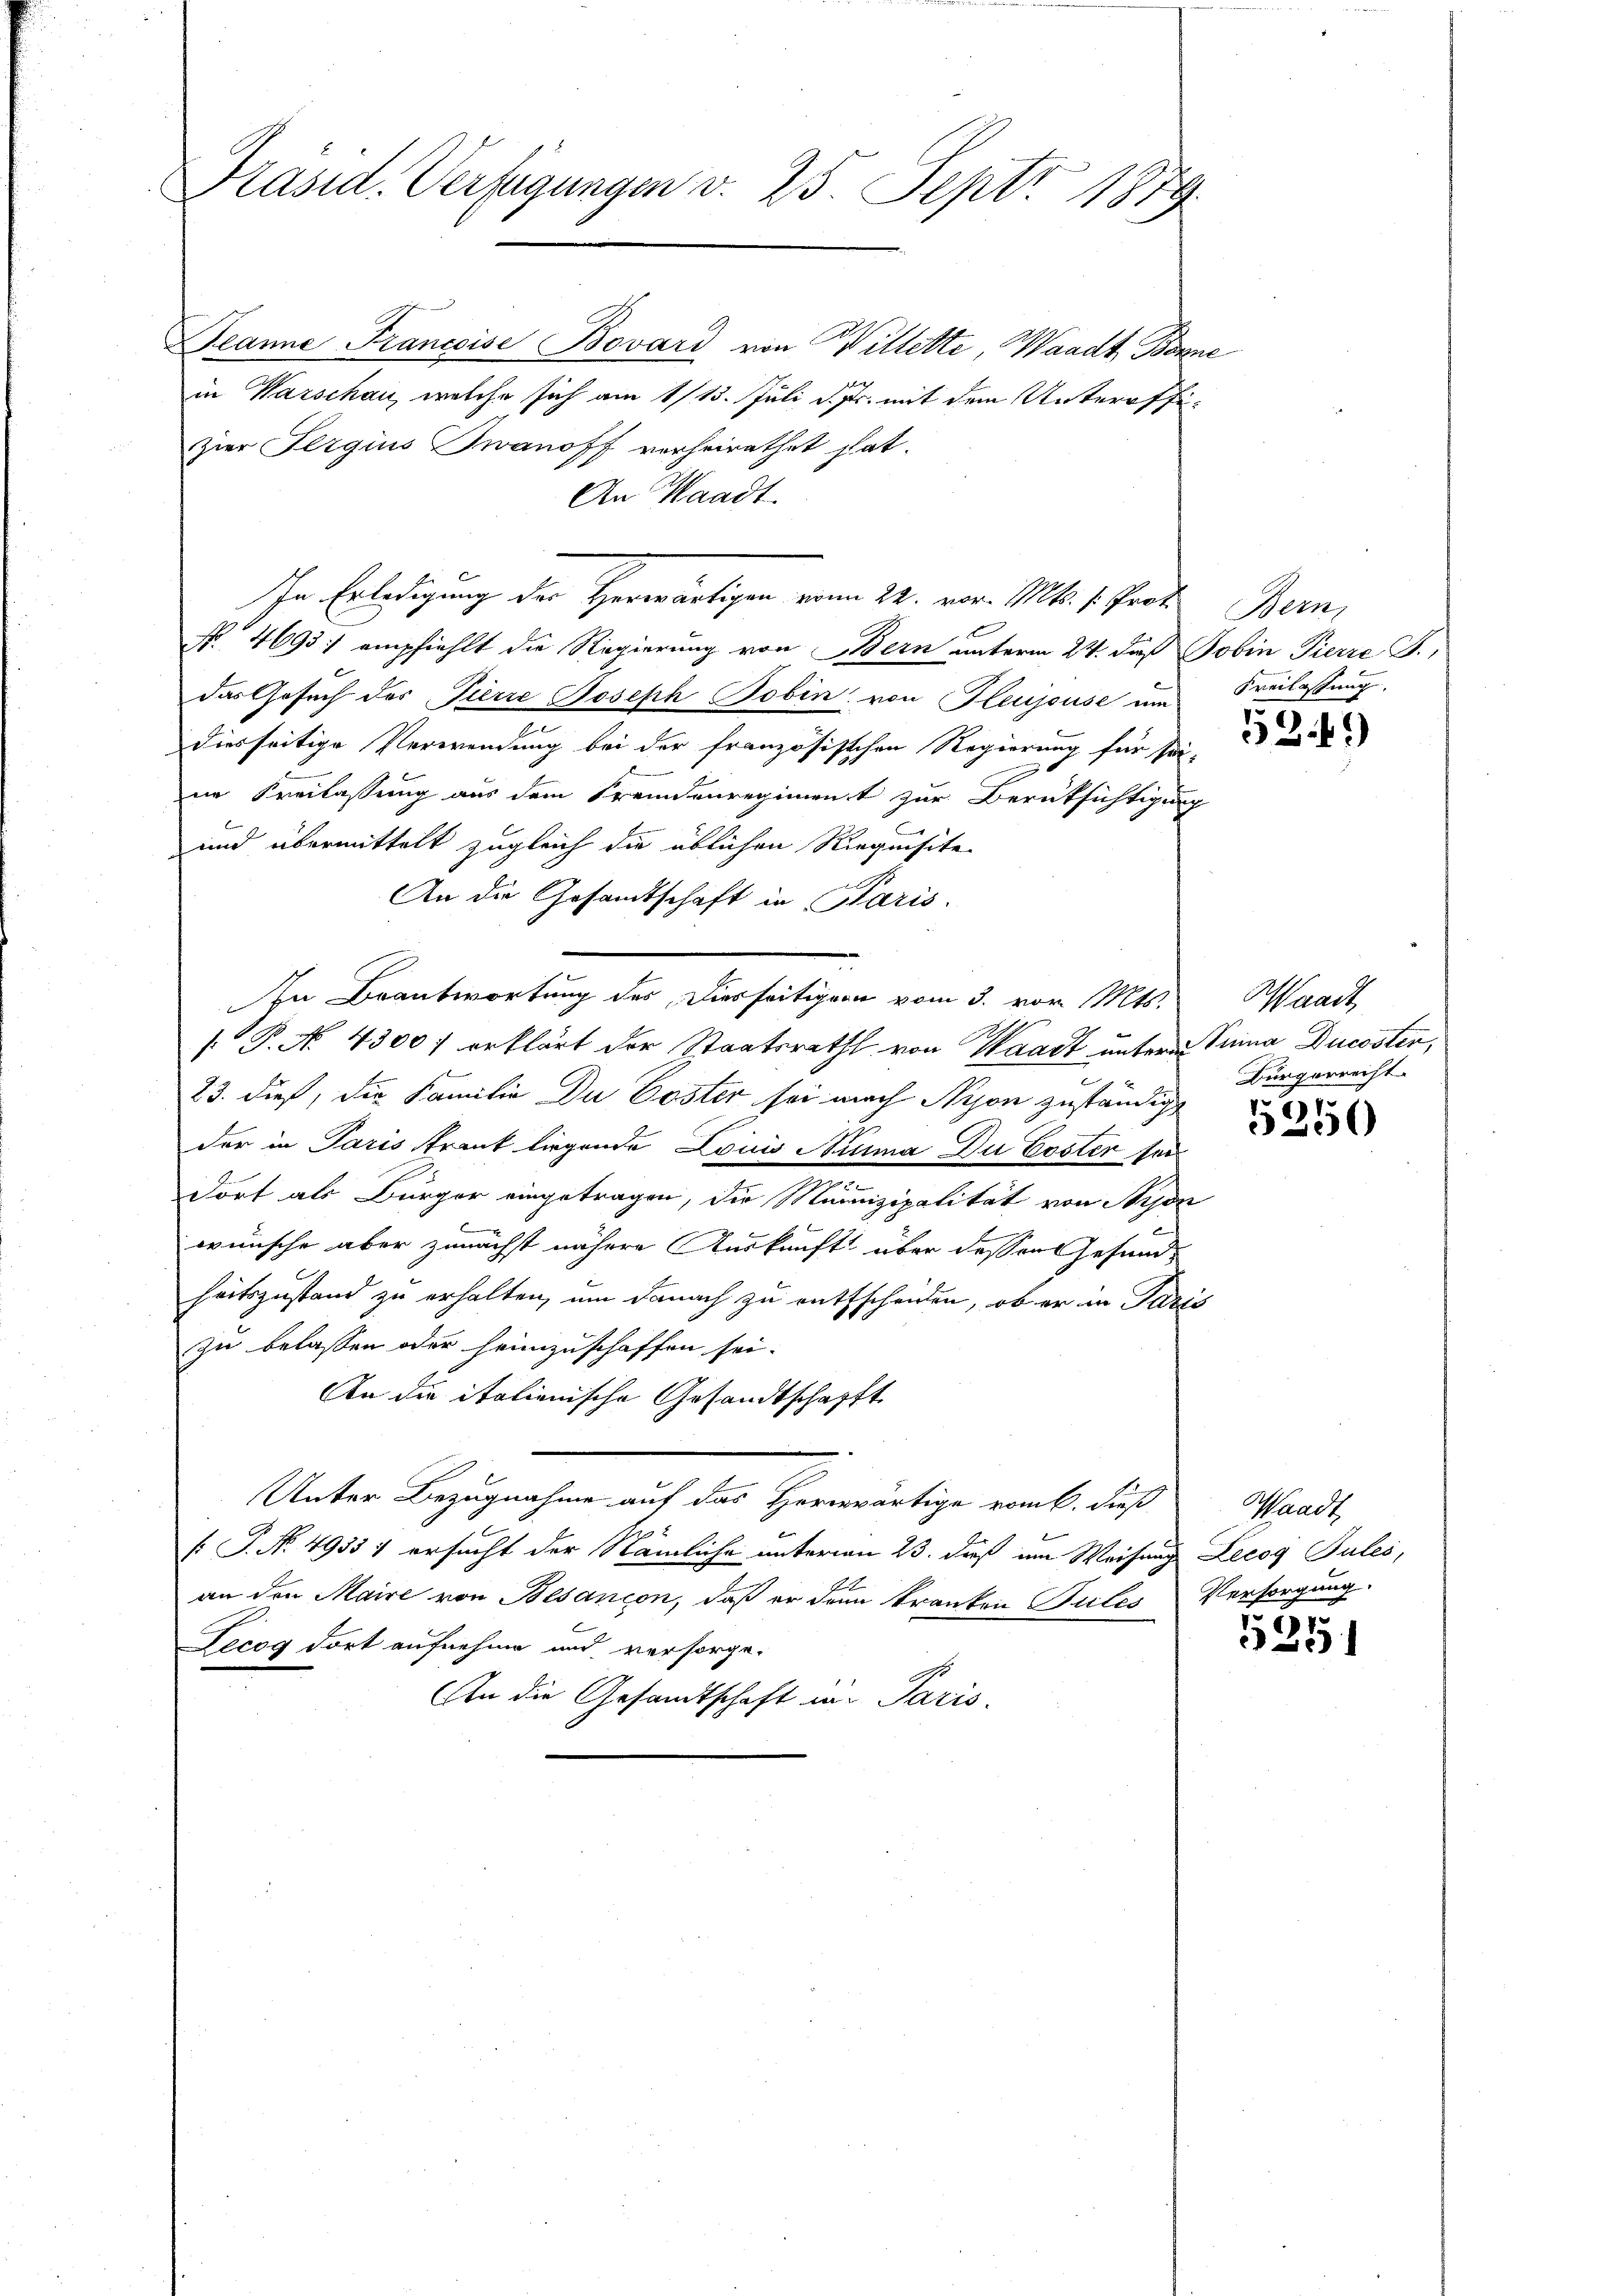
Präsid. Verfügungen v. 25. Sept. 1879

Peanne Francoise Bovárd von Willetti, Waadt Bonne
in Warschau, welche sich am 1/13. Juli d. Js. mit dem Unteroffizier Sergius Zwanoff verheirathet hat.
An Waadt.
Nr. 4693. empfiehlt die Regierung von Bern unterm 24. daß Jobin Pierre J.,
das Gesuch des Tierre Joseph Tobin von Gleujsuse um
diesseitige Verwendung bei der französischen Regierung für sei-
in Freilassung aus dem Fremdenregiment zur Berüksichtigung
und übermittelt zugleich die üblichen Riequisite
An die Gesandtschaft in Paris.
In Beantwortung des Diesseitigern vom 3. vor Mts.
[ P. No. 4300 erklärt der Staatsrath von Waadt unterm Sinna Ducoster,
23. dieß, die Familie Du Poster sei nach Nyon zuständig
der in Paris Arant liegende Louis Neuma Du Coster sei
dort als Bürger eingetragen, die Munizipalität von Pipe
wünsche aber zunächst nähere Auskunft über dessen Gesundheitszustand zu erhalten, um danach zu entscheiden, ob er in Paris
zu belassen oder heimzuschaffen sei.
An die italienische Gesandtschafft
Unter Bezugnahme auf das Herrnwärtige vom 6. dieß Waadt,
( P. Nr. 4935 1 ersucht der Nämliche unterm 23. daß im Weisung Lecog Julić,
an den Maire von Besançon, daß er denn kranken Putes Versorgung.
Lecog dort aufnehme und versorge.
u
An die Gesandtschaft in Paris

In Erledigung der Herwärtigen vom 22. vor. Mts. 1. Prof. Bern,

Freilassung.

52.41)

Waadt,
Bürgerrecht.

5250

67
1